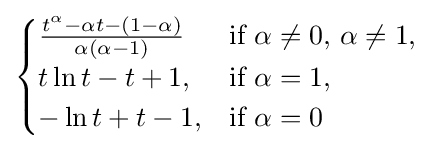
{\begin{cases}{\frac {t^{\alpha }-\alpha t-\left(1-\alpha \right)}{\alpha \left(\alpha -1\right)}}&{\text{if}}\ \alpha \neq 0,\,\alpha \neq 1,\\t\ln t-t+1,&{\text{if}}\ \alpha =1,\\-\ln t+t-1,&{\text{if}}\ \alpha =0\end{cases}}